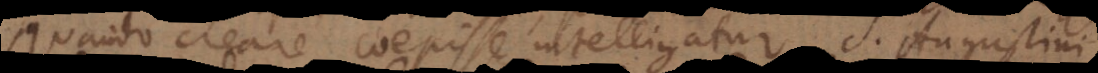
quando creare coepisse intelligatur. Utrum